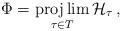
LaTeX: \begin{align*}\Phi=\projlim_{\tau\in T} \mathcal{H}_\tau\,,\end{align*}